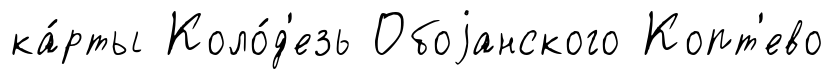
ка́рты Коло́д'езь Обоjанского Копт'ево